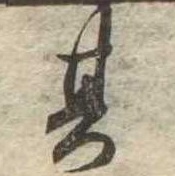
其